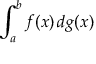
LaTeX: \int _ { a } ^ { b } f ( x ) \, d g ( x )